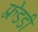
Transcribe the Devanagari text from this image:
फ़्रेडडी